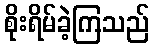
စိုးရိမ်ခဲ့ကြသည်